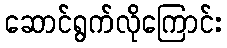
ဆောင်ရွက်လိုကြောင်း